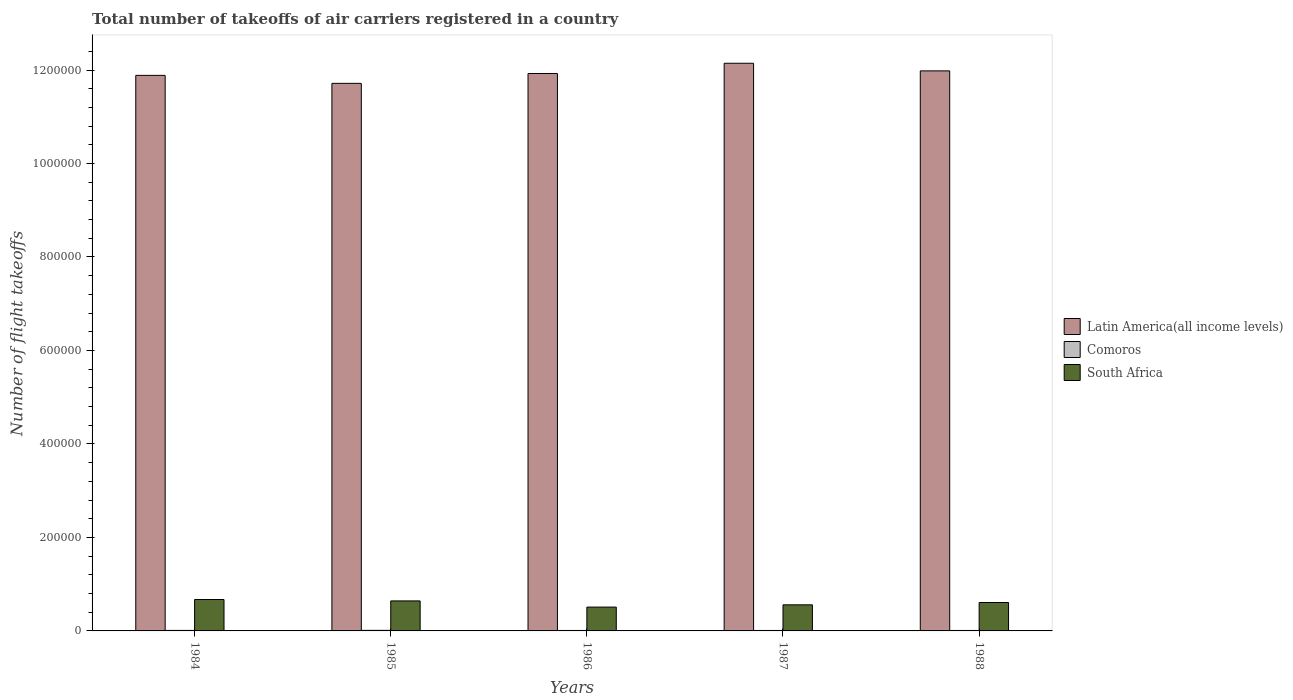
| Years | Latin America(all income levels) | Comoros | South Africa |
 | --- | --- | --- | --- |
 | 1984 | 1.19e+06 | 1.1e+03 | 6.72e+04 |
 | 1985 | 1.17e+06 | 1.2e+03 | 6.42e+04 |
 | 1986 | 1.19e+06 | 1e+03 | 5.1e+04 |
 | 1987 | 1.21e+06 | 1e+03 | 5.58e+04 |
 | 1988 | 1.2e+06 | 1e+03 | 6.08e+04 |